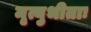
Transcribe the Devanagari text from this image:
मृत्युभीताः